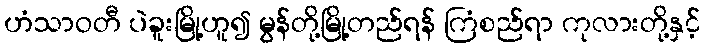
ဟံသာဝတီ ပဲခူးမြို့ဟူ၍ မွန်တို့မြို့တည်ရန် ကြံစည်ရာ ကုလားတို့နှင့်